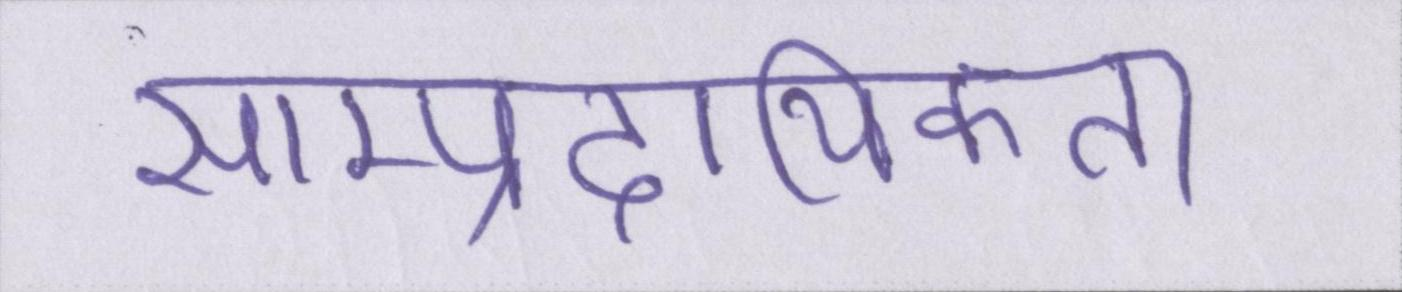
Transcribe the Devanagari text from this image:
साम्प्रदायिकता